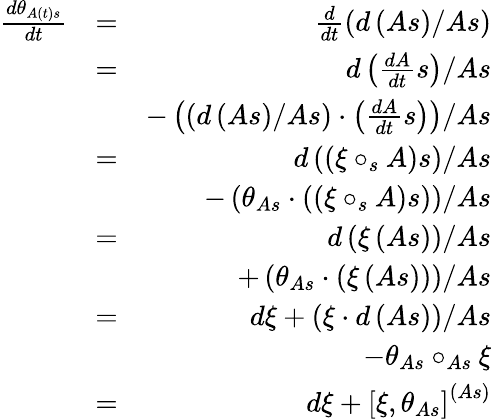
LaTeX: \begin{array}{rlr}{\frac{d\theta_{A\left(t\right)s}}{dt}}&{=}&{\frac{d}{dt}\left(d\left(As\right)/As\right)}\\ &{=}&{d\left(\frac{dA}{dt}s\right)/As}\\ &{}&{-\left(\left(d\left(As\right)/As\right)\cdot\left(\frac{dA}{dt}s\right)\right)/As}\\ &{=}&{d\left(\left(\xi\circ_{s}A\right)s\right)/As}\\ &{}&{-\left(\theta_{As}\cdot\left(\left(\xi\circ_{s}A\right)s\right)\right)/As}\\ &{=}&{d\left(\xi\left(As\right)\right)/As}\\ &{}&{+\left(\theta_{As}\cdot\left(\xi\left(As\right)\right)\right)/As}\\ &{=}&{d\xi+\left(\xi\cdot d\left(As\right)\right)/As}\\ &{}&{-\theta_{As}\circ_{As}\xi}\\ &{=}&{d\xi+\left[\xi,\theta_{As}\right]^{\left(As\right)}}\end{array}